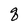
Character: q